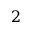
2